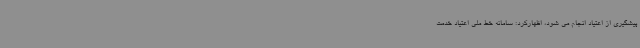
پیشگیری از اعتیاد انجام می شود، اظهارکرد: سامانه خط ملی اعتیاد خدمت